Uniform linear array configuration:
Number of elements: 24
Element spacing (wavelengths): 0.75
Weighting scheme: kaiser
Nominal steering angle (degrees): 30
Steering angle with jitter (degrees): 31.597
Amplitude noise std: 0.05
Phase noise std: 0.05

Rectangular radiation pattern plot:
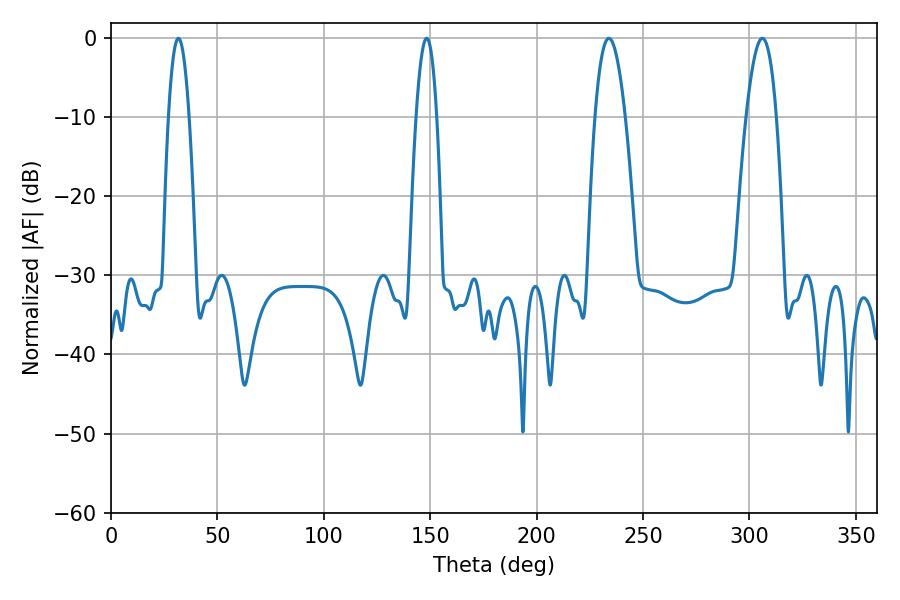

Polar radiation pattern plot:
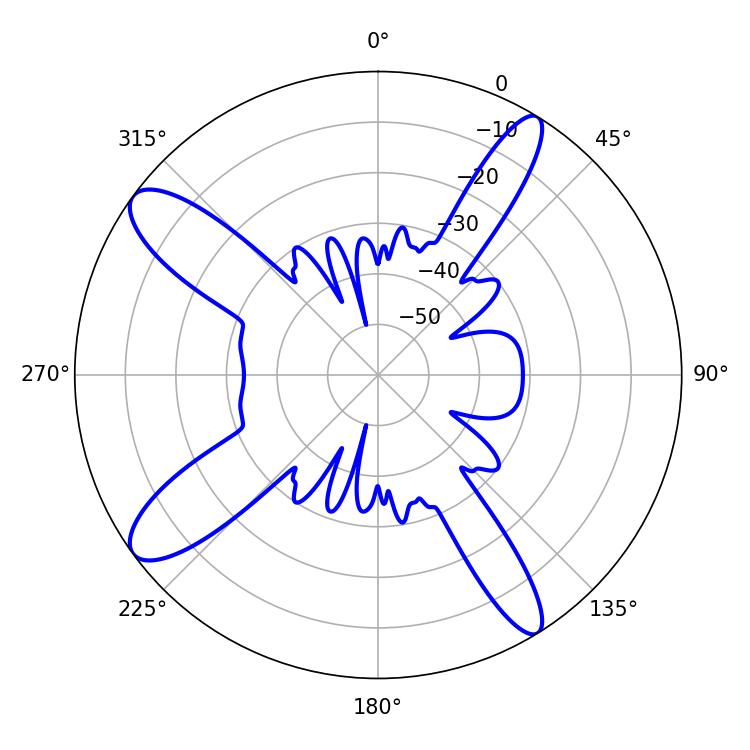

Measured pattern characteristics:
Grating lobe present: TRUE
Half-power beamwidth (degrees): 5.4
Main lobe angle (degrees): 31.68